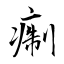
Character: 痸